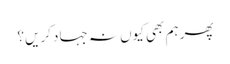
پھر ہم بھی کیوں نہ جہاد کریں؟